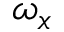
\omega _ { x }